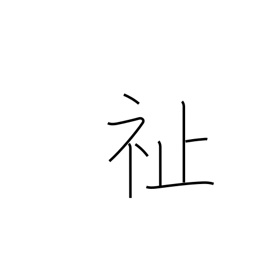
Meaning: welfare